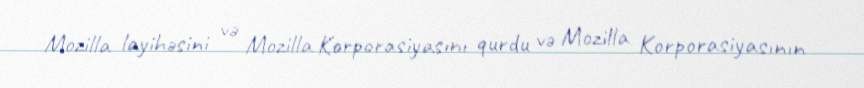
Mozilla layihəsini və Mozilla Korporasiyasını qurdu və Mozilla Korporasiyasının